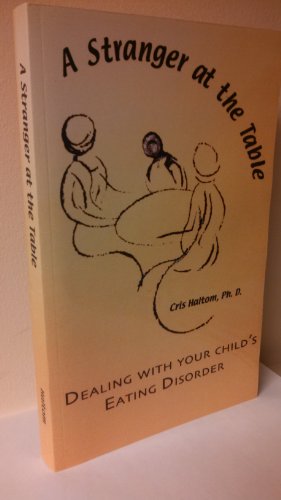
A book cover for A Stranger At the Table: Dealing with Your Child's Eating Disorder; Chris Haltom; Health, Fitness & Dieting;